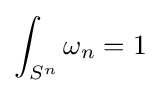
\int _{S^{n}}\omega _{n}=1